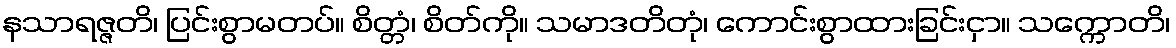
နသာရဇ္ဇတိ၊ ပြင်းစွာမတပ်။ စိတ္တံ၊ စိတ်ကို။ သမာဒတိတုံ၊ ကောင်းစွာထားခြင်းငှာ။ သက္ကောတိ၊